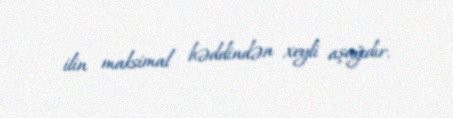
ilin maksimal həddindən xeyli aşağıdır.